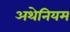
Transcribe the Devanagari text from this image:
अथेनियम